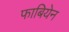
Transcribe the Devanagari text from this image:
फाबियेन